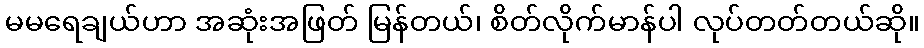
မမရေချယ်ဟာ အဆုံးအဖြတ် မြန်တယ်၊ စိတ်လိုက်မာန်ပါ လုပ်တတ်တယ်ဆို။